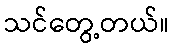
သင်တွေ့တယ်။